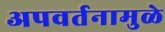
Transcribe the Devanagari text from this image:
अपवर्तनामुळे